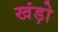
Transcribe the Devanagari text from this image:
खंड़ो